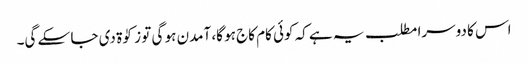
اس کا دوسرا مطلب یہ ہے کہ کوئی کام کاج ہو گا، آمدن ہو گی تو زکوٰۃ دی جا سکے گی۔